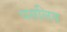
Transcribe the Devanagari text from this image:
पसलिय